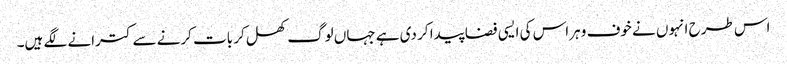
اس طرح انہوں نے خوف و ہراس کی ایسی فضا پیدا کر دی ہے جہاں لوگ کھل کر بات کرنے سے کترانے لگے ہیں۔